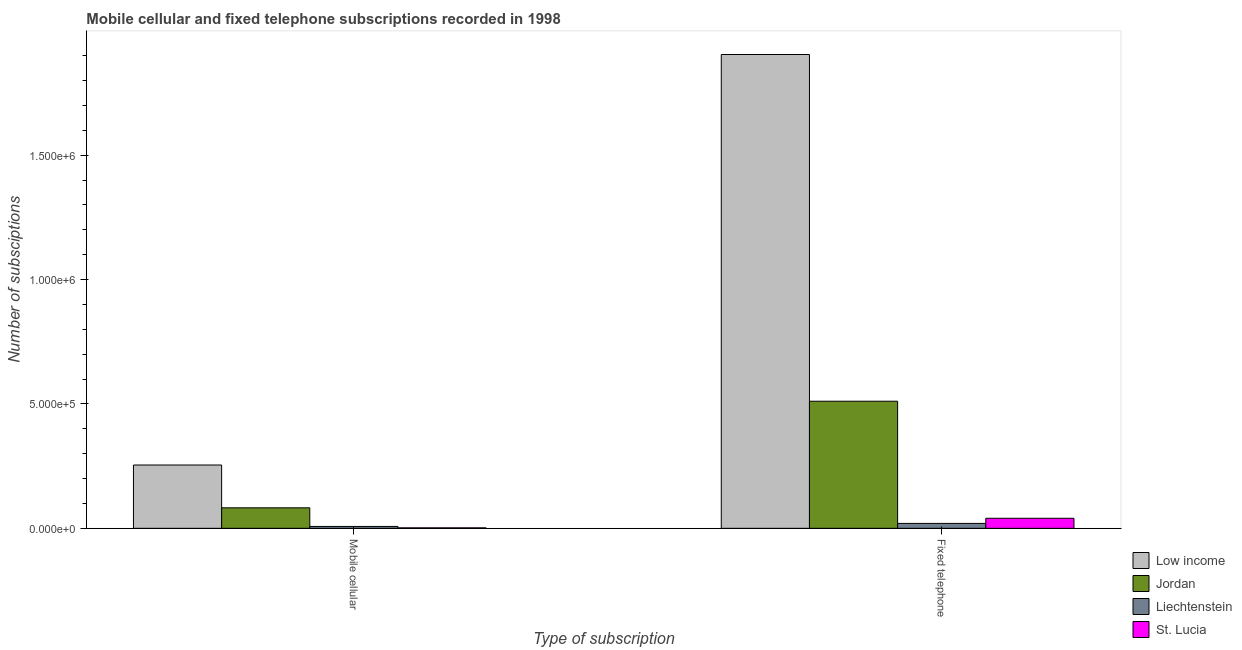
| Type of subscription | Low income | Jordan | Liechtenstein | St. Lucia |
 | --- | --- | --- | --- | --- |
 | Mobile cellular | 2.54e+05 | 8.24e+04 | 7.5e+03 | 1.9e+03 |
 | Fixed telephone | 1.9e+06 | 5.11e+05 | 1.98e+04 | 4.04e+04 |